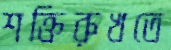
শক্তিরুখতে